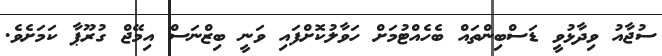
ސުޖާއު ވިދާޅުވީ ޑަސްބިންތައް ބެހެއްޓުމަށް ހަވާލުކޮށްފައި ވަނީ ބިޒްނަސް އިމޭޖް ގުރޫޕާ ކަމަށެވެ.